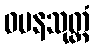
ဝမနသုတ္တံ